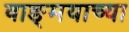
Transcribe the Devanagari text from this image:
वाङ्‍मयाच्या